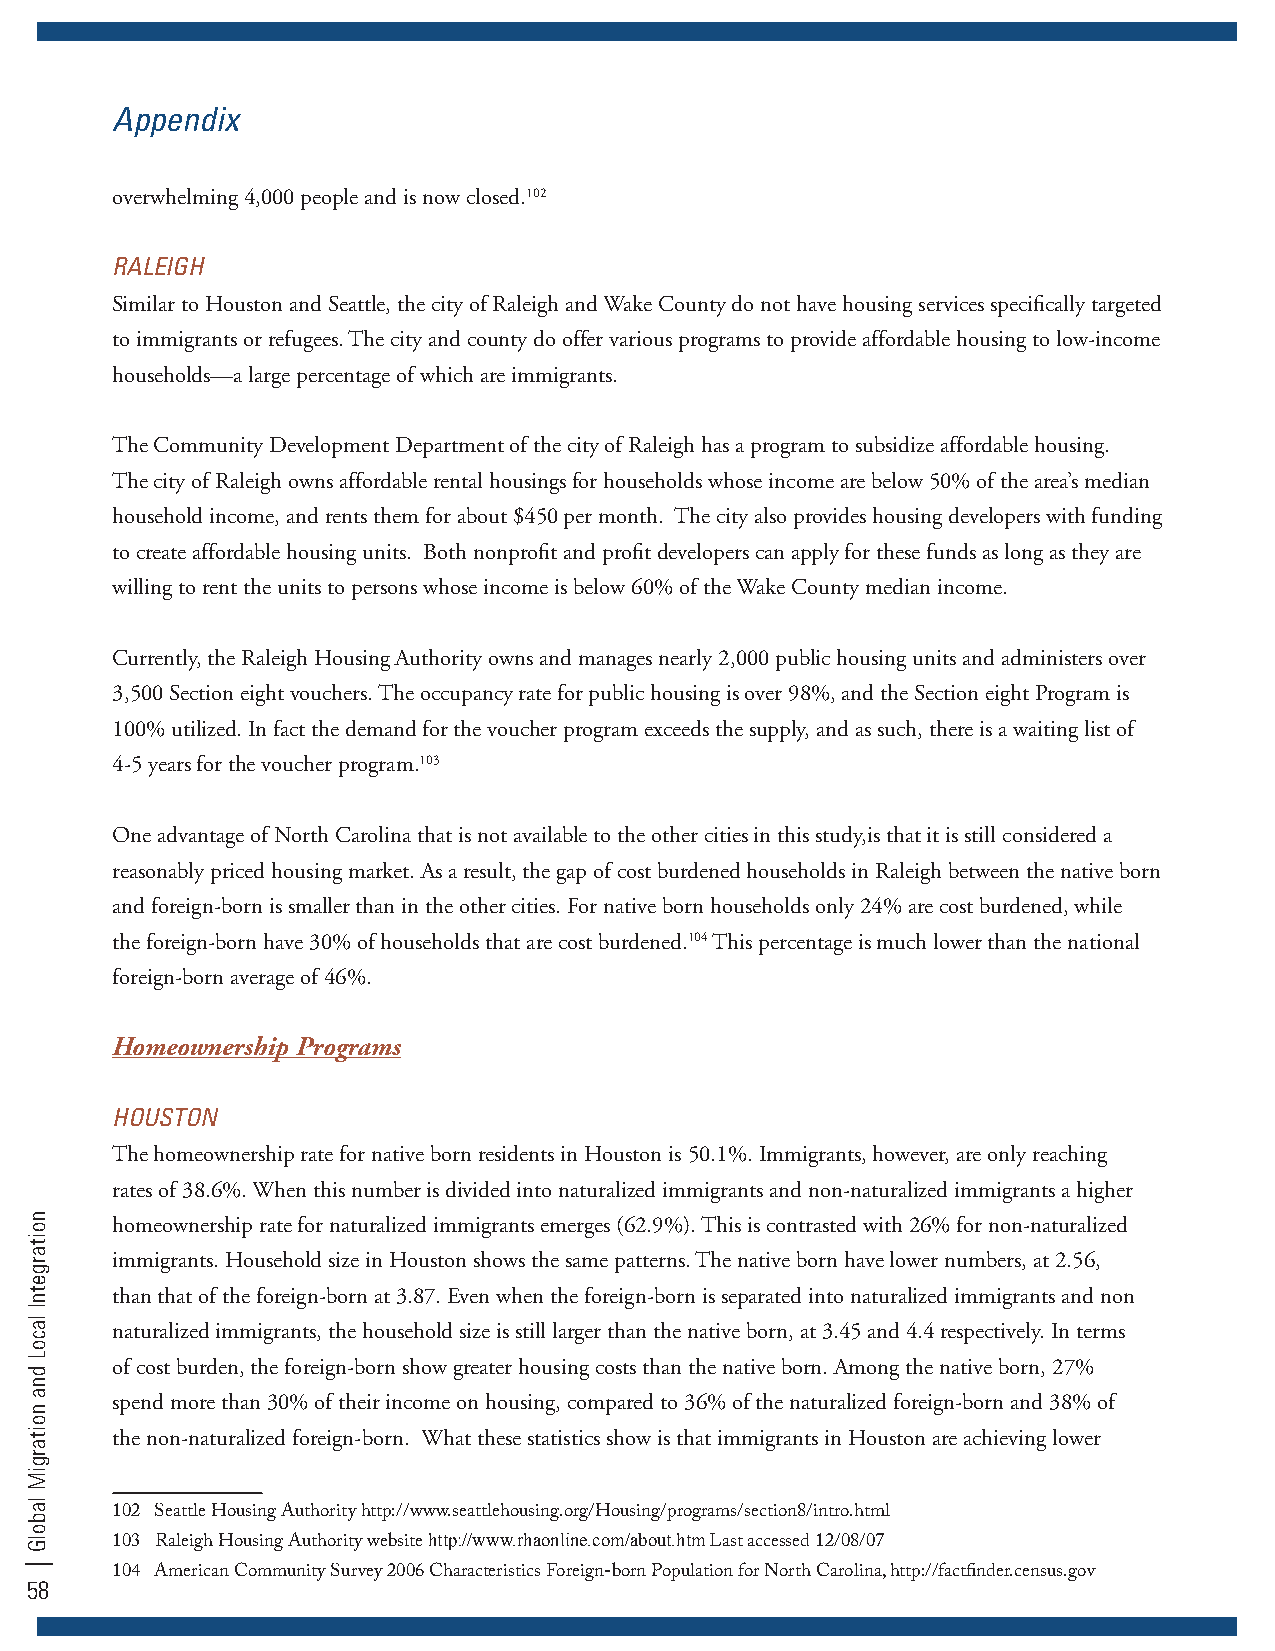
appendix
 overwhelming 4,000 people and is now closed.102
 RalEIgH
 Similar to Houston and Seattle, the city of Raleigh and Wake County do not have housing services specifically targeted
 to immigrants or refugees. The city and county do offer various programs to provide affordable housing to low-income
 households—a large percentage of which are immigrants.
 The Community Development Department of the city of Raleigh has a program to subsidize affordable housing.
 The city of Raleigh owns affordable rental housings for households whose income are below 50% of the area’s median
 household income, and rents them for about $450 per month. The city also provides housing developers with funding
 to create affordable housing units. Both nonprofit and profit developers can apply for these funds as long as they are
 willing to rent the units to persons whose income is below 60% of the Wake County median income.
 Currently, the Raleigh Housing Authority owns and manages nearly 2,000 public housing units and administers over
 3,500 Section eight vouchers. The occupancy rate for public housing is over 98%, and the Section eight Program is
 100% utilized. In fact the demand for the voucher program exceeds the supply, and as such, there is a waiting list of
 4-5 years for the voucher program.103
 One advantage of North Carolina that is not available to the other cities in this study,is that it is still considered a
 reasonably priced housing market. As a result, the gap of cost burdened households in Raleigh between the native born
 and foreign-born is smaller than in the other cities. For native born households only 24% are cost burdened, while
 the foreign-born have 30% of households that are cost burdened.104 This percentage is much lower than the national
 foreign-born average of 46%.
 Homeownership Programs
 HOuSTOn
 The homeownership rate for native born residents in Houston is 50.1%. Immigrants, however, are only reaching
 rates of 38.6%. When this number is divided into naturalized immigrants and non-naturalized immigrants a higher
 homeownership rate for naturalized immigrants emerges (62.9%). This is contrasted with 26% for non-naturalized
 immigrants. Household size in Houston shows the same patterns. The native born have lower numbers, at 2.56,
 than that of the foreign-born at 3.87. Even when the foreign-born is separated into naturalized immigrants and non
 naturalized immigrants, the household size is still larger than the native born, at 3.45 and 4.4 respectively. In terms
 of cost burden, the foreign-born show greater housing costs than the native born. Among the native born, 27%
 spend more than 30% of their income on housing, compared to 36% of the naturalized foreign-born and 38% of
 the non-naturalized foreign-born. What these statistics show is that immigrants in Houston are achieving lower
 102 Seattle Housing Authority http://www.seattlehousing.org/Housing/programs/section8/intro.html
 http://www.rhaonline.com/about.htm
 103 Raleigh Housing Authority website   Last accessed 12/08/07
 104 American Community Survey 2006 Characteristics Foreign-born Population for North Carolina, http://factfinder.census.gov
 58
 noitargetnI
 lacoL
 dna
 noitargiM
 labolG